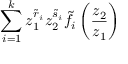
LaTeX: \sum _ { i = 1 } ^ { k } z _ { 1 } ^ { \tilde { r } _ { i } } z _ { 2 } ^ { \tilde { s } _ { i } } \tilde { f } _ { i } \left( \frac { z _ { 2 } } { z _ { 1 } } \right)